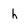
Character: h